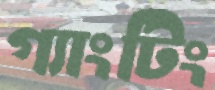
গ্যাংটিং